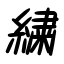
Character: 繍